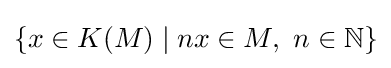
\{x\in K(M)\mid nx\in M,\ n\in \mathbb {N} \}